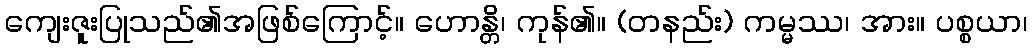
ကျေးဇူးပြုသည်၏အဖြစ်ကြောင့်။ ဟောန္တိ၊ ကုန်၏။ (တနည်း) ကမ္မဿ၊ အား။ ပစ္စယာ၊